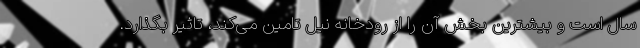
سال است و بیشترین بخش آن را از رودخانه نیل تامین می‌کند، تاثیر بگذارد.